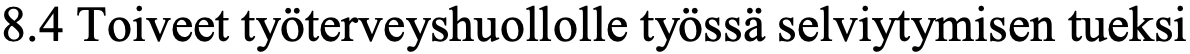
8.4 Toiveet työterveyshuollolle työssä selviytymisen tueksi